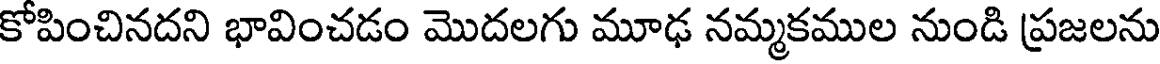
కోపించినదని భావించడం మొదలగు మూఢ నమ్మకముల నుండి ప్రజలను